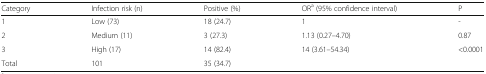
<table><thead><tr><td><b>Category</b></td><td><b>Infection risk (n)</b></td><td><b>Positive (%)</b></td><td><b>OR<sup>a</sup> (95% confidence interval)</b></td><td><b>P</b></td></tr></thead><tbody><tr><td>1</td><td>Low (73)</td><td>18 (24.7)</td><td>1</td><td>-</td></tr><tr><td>2</td><td>Medium (11)</td><td>3 (27.3)</td><td>1.13 (0.27–4.70)</td><td>0.87</td></tr><tr><td>3</td><td>High (17)</td><td>14 (82.4)</td><td>14 (3.61–54.34)</td><td>&lt;0.0001</td></tr><tr><td>Total</td><td>101</td><td>35 (34.7)</td><td></td><td></td></tr></tbody></table>